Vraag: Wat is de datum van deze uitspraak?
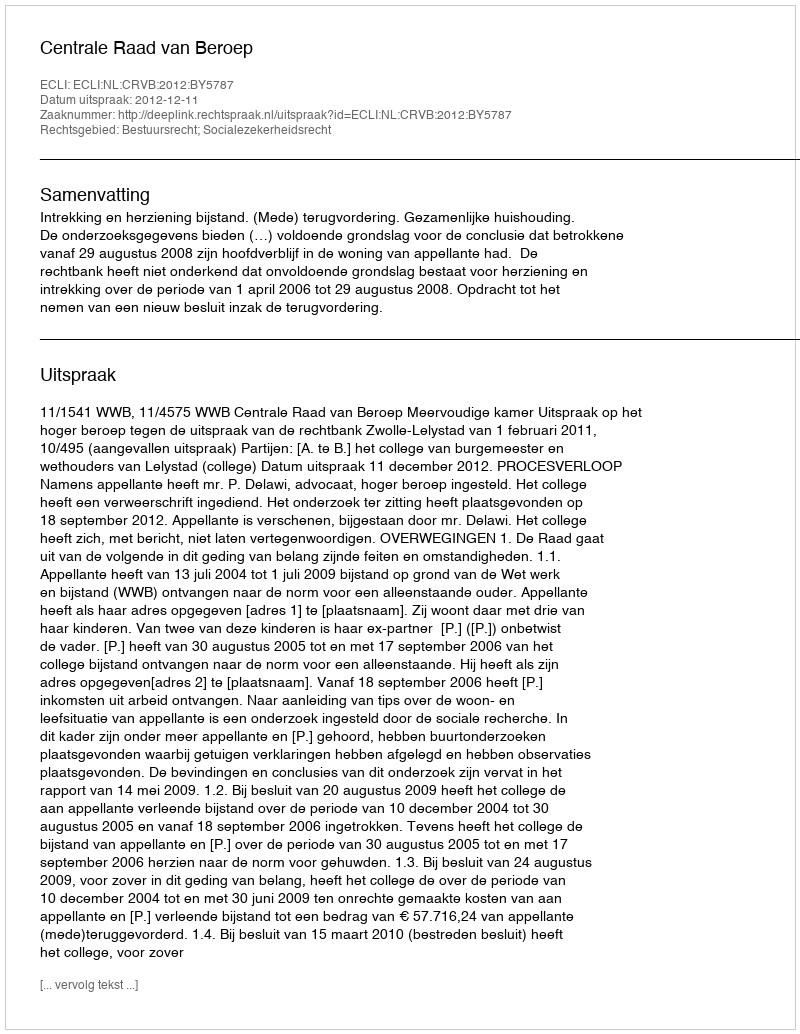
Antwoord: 2012-12-11